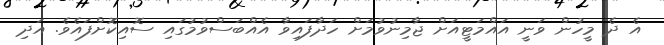
އެ ދެ މީހުން ވަނީ އައްމަޓީއަށް ޖާމިނުވުމަށް ހަދާފައިވާ އެއްބަސްވުމުގައި ސޮއިކޮށްފައެވެ. އަދި